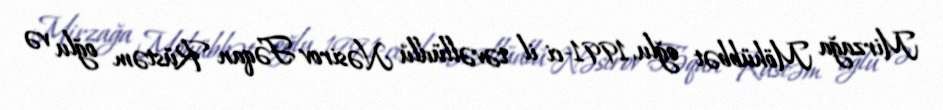
Mirzağa Möhübbət oğlu, 1991-ci il təvəllüdlü Nəsirov Fəqan Rüstəm oğlu və